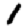
Digit: 1